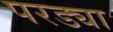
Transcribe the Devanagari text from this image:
परड्या